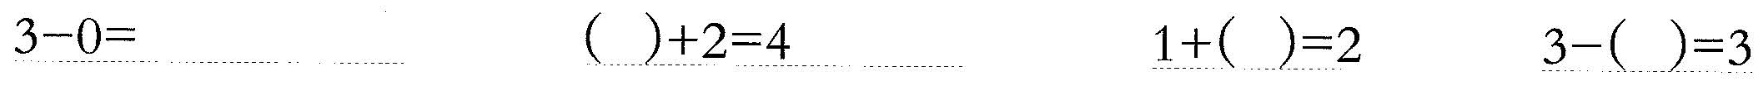
\underline{$$3 - 0 =$$} \underline{$$( ) + 2 = 4$$} \underline{$$1 + ( ) = 2$$} \underline{$$3 - ( ) = 3$$}